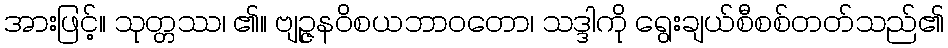
အားဖြင့်။ သုတ္တဿ၊ ၏။ ဗျဉ္ဇနဝိစယဘာဝတော၊ သဒ္ဒါကို ရွေးချယ်စီစစ်တတ်သည်၏